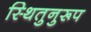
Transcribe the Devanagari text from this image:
स्थितुनुरूप